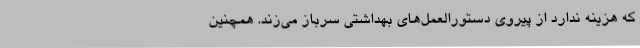
که هزینه ندارد از پیروی دستورالعمل‌های بهداشتی سرباز می‌زند. همچنین